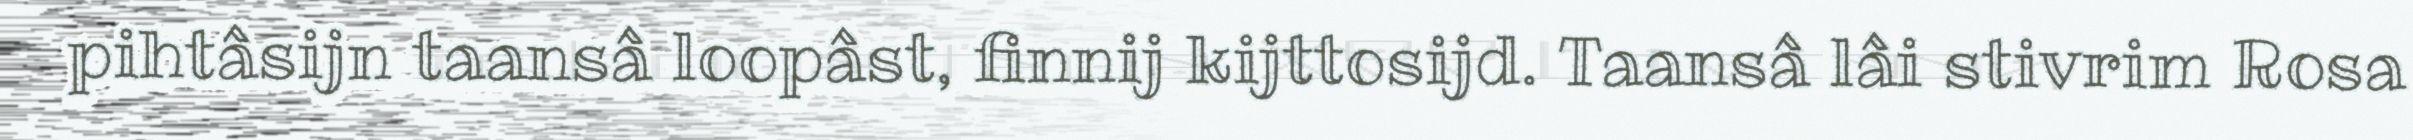
pihtâsijn taansâ loopâst, finnij kijttosijd. Taansâ lâi stivrim Rosa